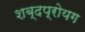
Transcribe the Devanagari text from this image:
शब्दप्रोयग